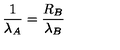
{ \frac { 1 } { \lambda _ { A } } } = { \frac { R _ { B } } { \lambda _ { B } } }